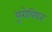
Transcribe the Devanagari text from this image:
यूरोपियन